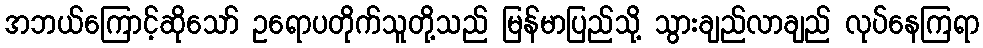
အဘယ်ကြောင့်ဆိုသော် ဥရောပတိုက်သူတို့သည် မြန်မာပြည်သို့ သွားချည်လာချည် လုပ်နေကြရာ